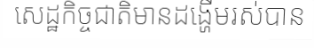
សេដ្ឋកិច្ចជាតិមានដង្ហើមរស់បាន